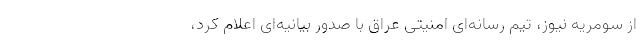
از سومریه نیوز، تیم رسانه‌ای امنیتی عراق با صدور بیانیه‌ای اعلام کرد،